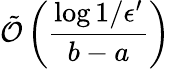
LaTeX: \tilde{\mathcal{O}}\left(\frac{\log{1/\epsilon^{\prime}}}{b-a}\right)